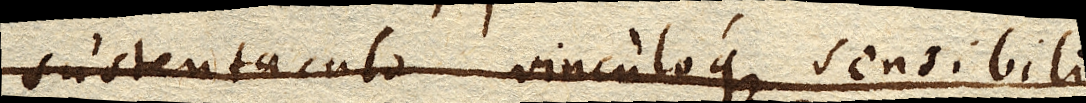
sustentaculo vinculoque sensibili